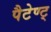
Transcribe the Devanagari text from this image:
पैटेण्ट्‍